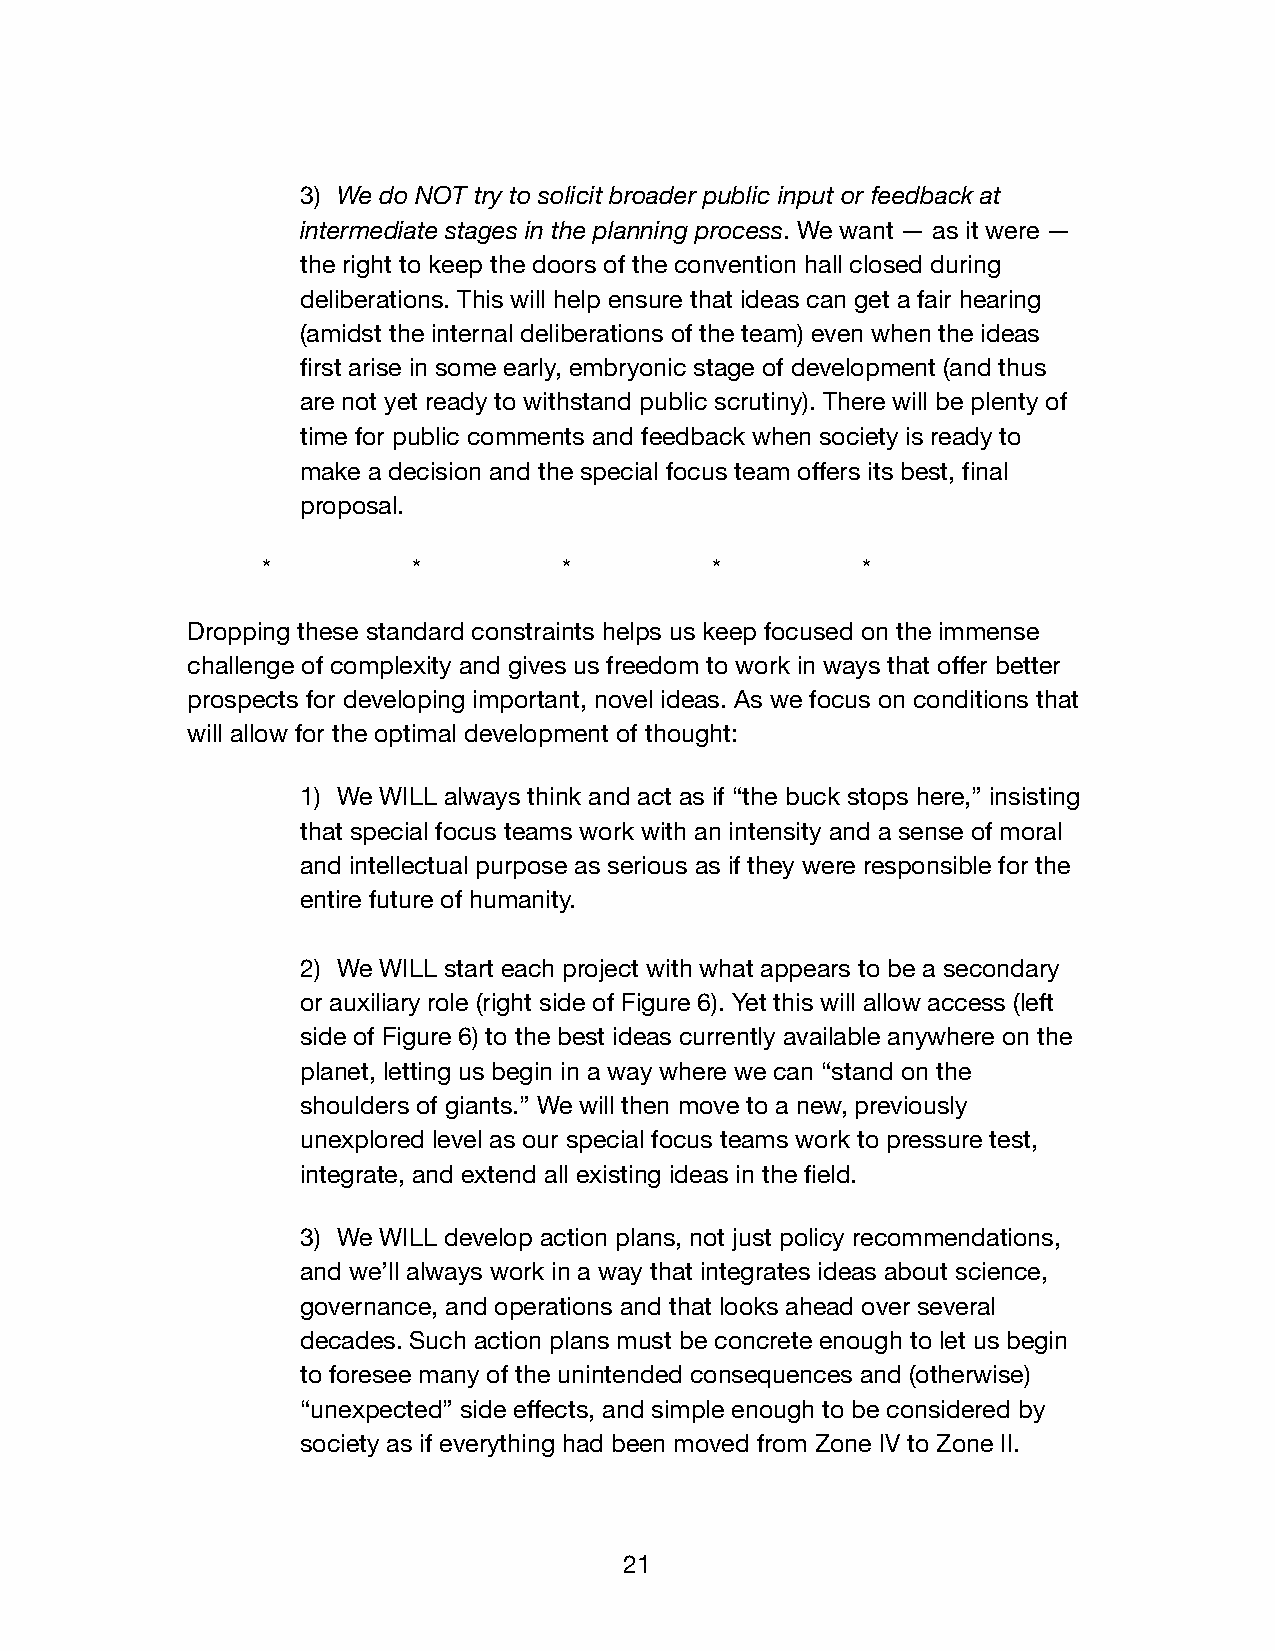
3) We do NOT try to solicit broader public input or feedback at
 intermediate stages in the planning process. We want — as it were —
 the right to keep the doors of the convention hall closed during
 deliberations. This will help ensure that ideas can get a fair hearing
 (amidst the internal deliberations of the team) even when the ideas
 first arise in some early, embryonic stage of development (and thus
 are not yet ready to withstand public scrutiny). There will be plenty of
 time for public comments and feedback when society is ready to
 make a decision and the special focus team offers its best, final
 proposal.
 *         *         *         *         *
 Dropping these standard constraints helps us keep focused on the immense
 challenge of complexity and gives us freedom to work in ways that offer better
 prospects for developing important, novel ideas. As we focus on conditions that
 will allow for the optimal development of thought:
 1) We WILL always think and act as if “the buck stops here,” insisting
 that special focus teams work with an intensity and a sense of moral
 and intellectual purpose as serious as if they were responsible for the
 entire future of humanity.
 2) We WILL start each project with what appears to be a secondary
 or auxiliary role (right side of Figure 6). Yet this will allow access (left
 side of Figure 6) to the best ideas currently available anywhere on the
 planet, letting us begin in a way where we can “stand on the
 shoulders of giants.” We will then move to a new, previously
 unexplored level as our special focus teams work to pressure test,
 integrate, and extend all existing ideas in the field.
 3) We WILL develop action plans, not just policy recommendations,
 and we’ll always work in a way that integrates ideas about science,
 governance, and operations and that looks ahead over several
 decades. Such action plans must be concrete enough to let us begin
 to foresee many of the unintended consequences and (otherwise)
 “unexpected” side effects, and simple enough to be considered by
 society as if everything had been moved from Zone IV to Zone II.
 21